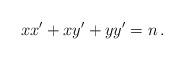
LaTeX: \begin{align*}xx'+xy'+yy'=n\,.\end{align*}